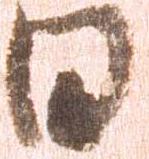
日